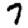
Digit: 7